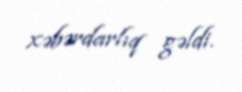
xəbərdarlıq gəldi.